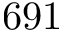
6 9 1